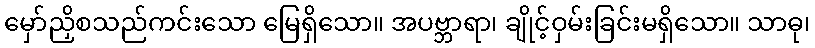
မှော်ညှိစသည်ကင်းသော မြေရှိသော။ အပဗ္ဘာရာ၊ ချိုင့်ဝှမ်းခြင်းမရှိသော။ သာဓု၊